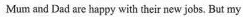
Mum and Dad are happy with their new jobs, But my